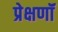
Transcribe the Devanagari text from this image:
प्रेक्षणॉं